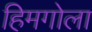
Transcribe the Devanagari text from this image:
हिमगोला